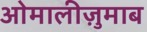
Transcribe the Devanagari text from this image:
ओमालीज़ुमाब